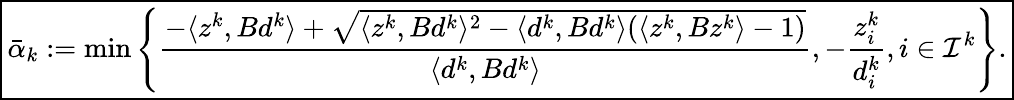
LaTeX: \boxed{\bar{\alpha}_{k}:=\operatorname*{min}\left\{ \frac{-\langle z^{k},Bd^{k}\rangle+\sqrt{\langle z^{k},Bd^{k}\rangle^{2}-\langle d^{k},Bd^{k}\rangle(\langle z^{k},Bz^{k}\rangle-1)}}{\langle d^{k},Bd^{k}\rangle},-\frac{z_{i}^{k}}{d_{i}^{k}},i\in\mathcal{I}^{k}\right\} .}